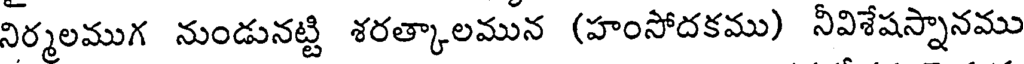
నిర్మలముగ నుండునట్టి శరత్కాలమున (హంసోదకము) నీవిశేషస్నానము